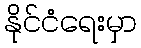
နိုင်ငံရေးမှာ